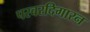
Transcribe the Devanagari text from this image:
परवरदिगारन